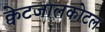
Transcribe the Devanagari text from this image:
क्वेटजालकोटल